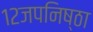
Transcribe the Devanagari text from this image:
१२जपनिष्ठा